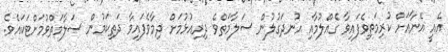
އެއީ އޭނާއަށް ކުރިމަތިވެފައިވާ ގެއްލުމާއި އުނދަގުލުން ސަލާމަތްވެ ދިރިއުޅުމަށް ދިމާވެފައިވާ ދަތިކަމުން ސަލާމަތްވުމަށްޓަކައެވެ.